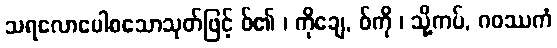
သရလောပေါစသောသုတ်ဖြင့် ဝ်၏ ၊ ကိုချေ, ဝ်ကို ၊ သို့ကပ်, ဂဝဿကံ